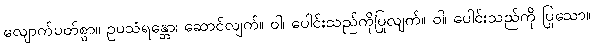
လျောက်ပတ်စွာ။ ဥပသံရန္တော၊ ဆောင်လျက်။ ဝါ၊ ပေါင်းသည်ကိုပြုလျက်။ ဝါ၊ ပေါင်းသည်ကို ပြုသော။